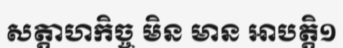
សត្តាហកិច្ច មិន មាន អាបត្តិ១